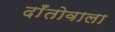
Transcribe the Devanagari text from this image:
दाँतोवाला